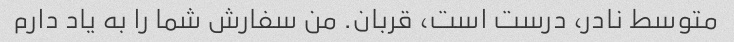
متوسط ​​نادر، درست است، قربان. من سفارش شما را به یاد دارم